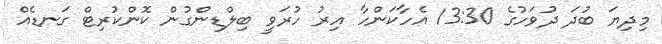
މިދިޔަ ބުދަ ދުވަހުގެ 13:30 އެހާކަންހާ އިރު ހުރަވީ ބިލްޑިންގުން ކޮންކުރިޓް ގަނޑެއް